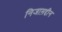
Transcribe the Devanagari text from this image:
निजाम़द्दीन